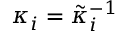
\kappa _ { i } = \tilde { \kappa } _ { i } ^ { - 1 }